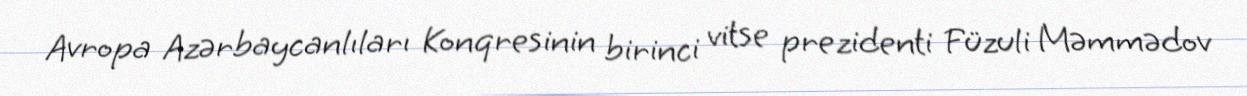
Avropa Azərbaycanlıları Konqresinin birinci vitse prezidenti Füzuli Məmmədov